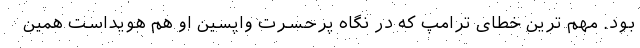
بود. مهم ترین خطای ترامپ که در نگاه پرحسرت واپسین او هم هویداست همین